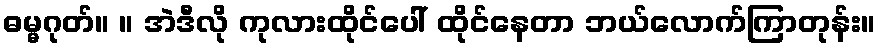
ဓမ္မဂုတ်။ ။ အဲဒီလို ကုလားထိုင်ပေါ် ထိုင်နေတာ ဘယ်လောက်ကြာတုန်း။